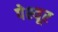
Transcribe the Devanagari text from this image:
पेश्यूर